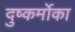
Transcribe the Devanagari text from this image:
दुष्कर्मोका